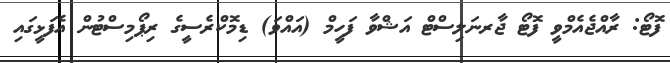
ފޮޓޯ: ރާއްޖެއެމްވީ ފޮޓޯ ޖާރނަލިސްޓް އަޝްވާ ފަހީމް (އައްވަ) ޑިމޮކްރެސީގެ ރިޕޯމިސްޓުން އެފަޅީގައި